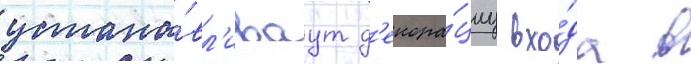
устана́вл'иваут д'екора́циу вхо́да в